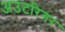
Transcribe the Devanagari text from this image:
अउटरिगर